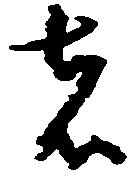
者